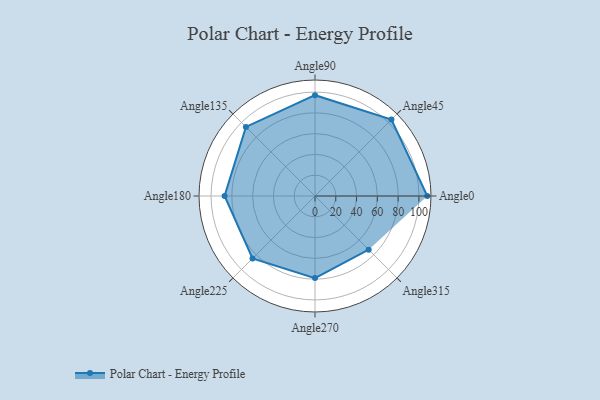
{"axis": {"x": "Angle", "y": "Radius"}, "legend": [""], "data": [{"x": "Angle0", "y": 108.0, "type": ""}, {"x": "Angle45", "y": 104.0, "type": ""}, {"x": "Angle90", "y": 97.0, "type": ""}, {"x": "Angle135", "y": 94.0, "type": ""}, {"x": "Angle180", "y": 87.0, "type": ""}, {"x": "Angle225", "y": 85.0, "type": ""}, {"x": "Angle270", "y": 79.0, "type": ""}, {"x": "Angle315", "y": 73.0, "type": ""}]}